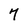
Character: 7